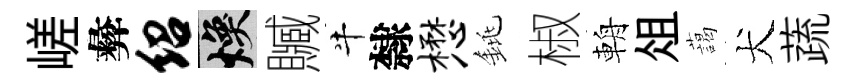
嵯彜绍焕贓牛隸懋銚椒輈俎藹犬蔬